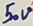
Text: 50V